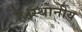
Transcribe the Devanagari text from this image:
है।स्थानीय